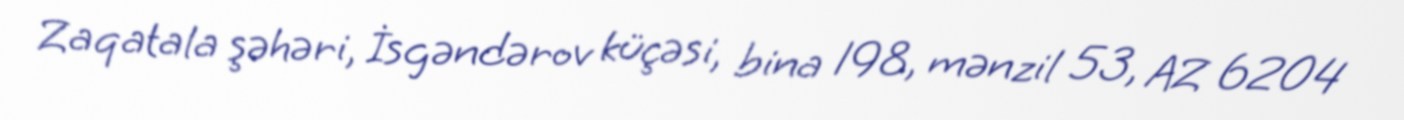
Zaqatala şəhəri, İsgəndərov küçəsi, bina 198, mənzil 53, AZ 6204